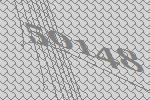
50148